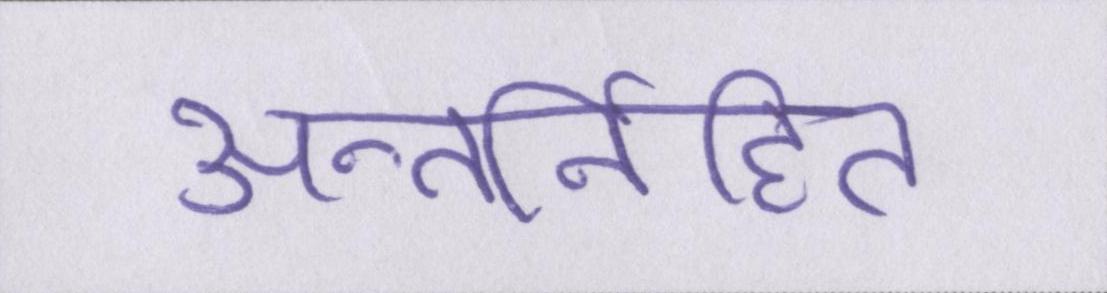
अन्तर्निहित